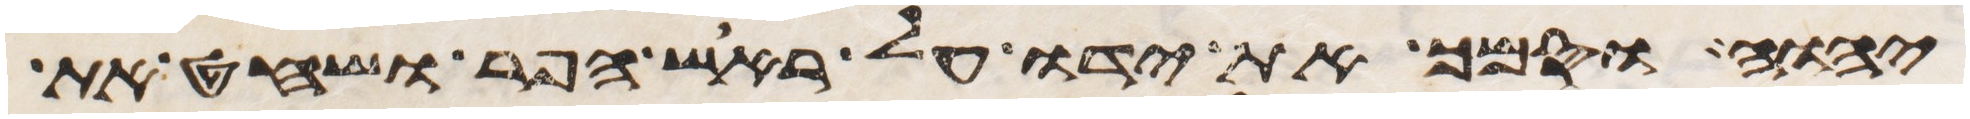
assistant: יהוה וסמך את ידו על ראש הפר ושחט את